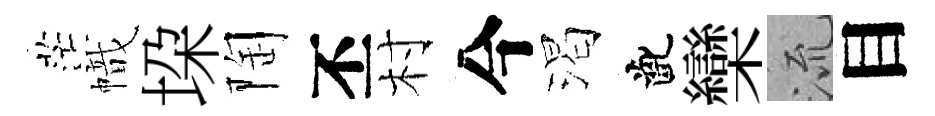
茫幟垜陶丕村今渴齔欒𣴑目